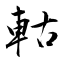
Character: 軲